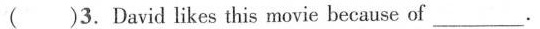
( )3.David likes this movie because of ___.